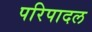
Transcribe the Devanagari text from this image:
परिपादल